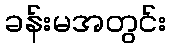
ခန်းမအတွင်း